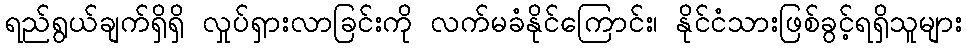
ရည်ရွယ်ချက်ရှိရှိ လှုပ်ရှားလာခြင်းကို လက်မခံနိုင်ကြောင်း၊ နိုင်ငံသားဖြစ်ခွင့်ရရှိသူများ